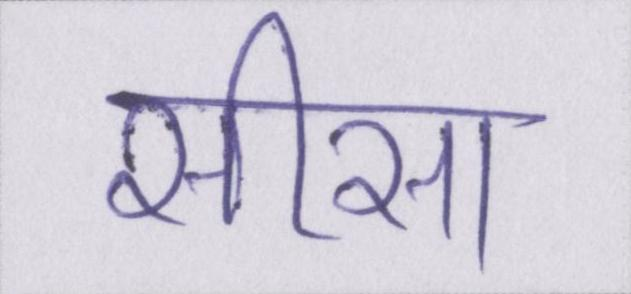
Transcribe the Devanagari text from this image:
सीसा